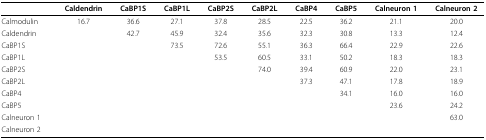
|  | Caldendrin | CaBP1S | CaBP1L | CaBP2S | CaBP2L | CaBP4 | CaBP5 | Calneuron 1 | Calneuron 2 |
 | --- | --- | --- | --- | --- | --- | --- | --- | --- | --- |
 | Calmodulin | 16.7 | 36.6 | 27.1 | 37.8 | 28.5 | 22.5 | 36.2 | 21.1 | 20.0 |
 | Caldendrin |  | 42.7 | 45.9 | 32.4 | 35.6 | 32.3 | 30.8 | 13.3 | 12.4 |
 | CaBP1S |  |  | 73.5 | 72.6 | 55.1 | 36.3 | 66.4 | 22.9 | 22.6 |
 | CaBP1L |  |  |  | 53.5 | 60.5 | 33.1 | 50.2 | 18.3 | 18.3 |
 | CaBP2S |  |  |  |  | 74.0 | 39.4 | 60.9 | 22.0 | 23.1 |
 | CaBP2L |  |  |  |  |  | 37.3 | 47.1 | 17.8 | 18.9 |
 | CaBP4 |  |  |  |  |  |  | 34.1 | 16.0 | 16.0 |
 | CaBP5 |  |  |  |  |  |  |  | 23.6 | 24.2 |
 | Calneuron 1 |  |  |  |  |  |  |  |  | 63.0 |
 | Calneuron 2 |  |  |  |  |  |  |  |  |  |